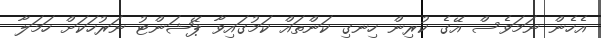
އެހެން ނަމަވެސް އޭގެ ކުރިން ހިނގި ކަންތައް ކަމުގައިވާ ޕޭޝަންޓު ނަރުހަކަށް ހަމަލާ